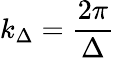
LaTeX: k_{\Delta}=\frac{2\pi}{\Delta}